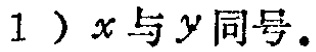
1）$x$与$y$同号。